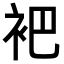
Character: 𬡊